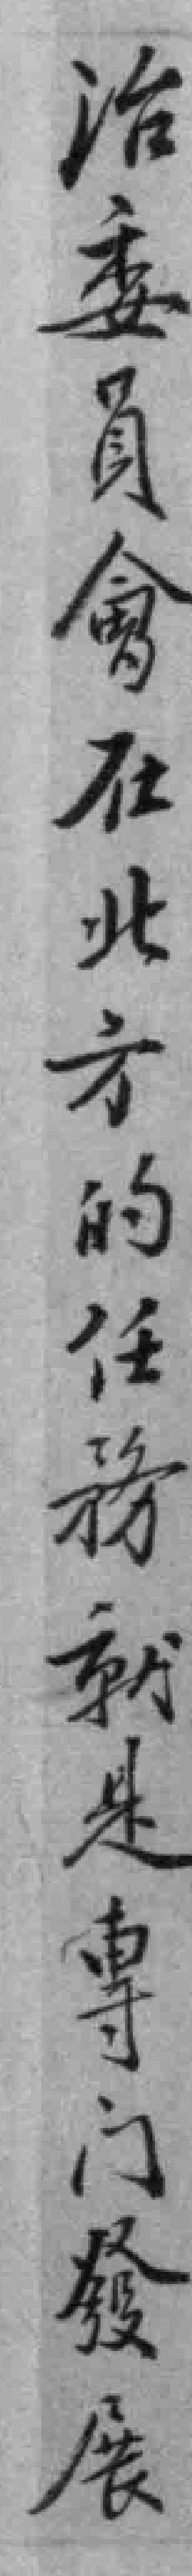
治委員會在北方的任務就是專门發展